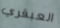
العبقري